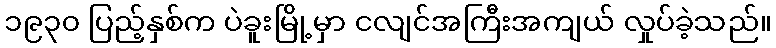
၁၉၃၀ ပြည့်နှစ်က ပဲခူးမြို့မှာ ငလျင်အကြီးအကျယ် လှုပ်ခဲ့သည်။